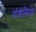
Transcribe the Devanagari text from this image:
प्रोच्चेस्सिङ